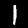
Digit: 1